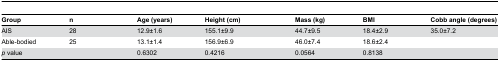
<table><thead><tr><td><b>Group</b></td><td><b>n</b></td><td><b>Age (years)</b></td><td><b>Height (cm)</b></td><td><b>Mass (kg)</b></td><td><b>BMI</b></td><td><b>Cobb angle (degrees)</b></td></tr></thead><tbody><tr><td>AIS</td><td>28</td><td>12.9±1.6</td><td>155.1±9.9</td><td>44.7±9.5</td><td>18.4±2.9</td><td>35.0±7.2</td></tr><tr><td>Able-bodied</td><td>25</td><td>13.1±1.4</td><td>156.9±6.9</td><td>46.0±7.4</td><td>18.6±2.4</td><td></td></tr><tr><td><i>p</i> value</td><td></td><td>0.6302</td><td>0.4216</td><td>0.0564</td><td>0.8138</td><td></td></tr></tbody></table>